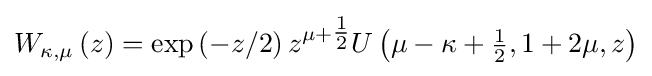
W_{\kappa ,\mu }\left(z\right)=\exp \left(-z/2\right)z^{\mu +{\tfrac {1}{2}}}U\left(\mu -\kappa +{\tfrac {1}{2}},1+2\mu ,z\right)